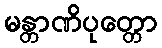
မန္တာဏိပုတ္တော